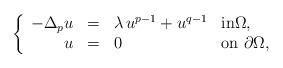
LaTeX: \begin{align*} \left\{\begin{array}{r c l l}-\Delta_p u & = & \lambda\,u^{p-1}+ u^{q-1} & \textrm{in}\Omega, \\ u & = & 0 & \textrm{on }\partial\Omega,\end{array}\right.\end{align*}